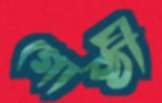
গোষ্ঠী